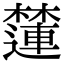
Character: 㰈